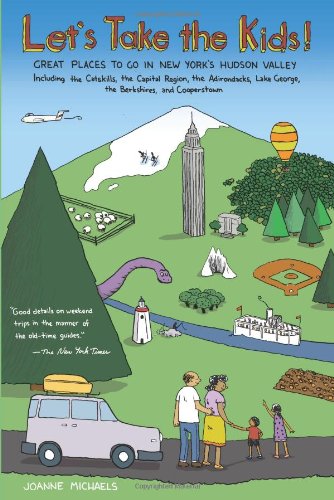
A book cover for Let's Take the Kids!: Great Places To Go in New York's Hudson Valley (Fourth Edition); Joanne Michaels; Travel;